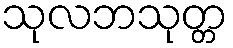
သုလဘသုတ္တ